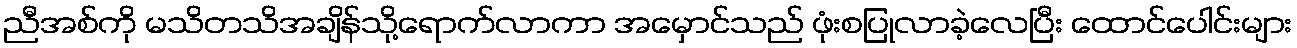
ညီအစ်ကို မသိတသိအချိန်သို့ရောက်လာကာ အမှောင်သည် ဖုံးစပြုလာခဲ့လေပြီး ထောင်ပေါင်းများ